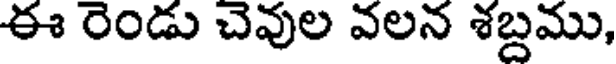
ఈ రెండు చెవుల వలన శబ్దము,